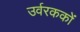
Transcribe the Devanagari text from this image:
उर्वरककों